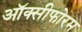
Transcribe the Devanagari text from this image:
ऑक्सीफोरम